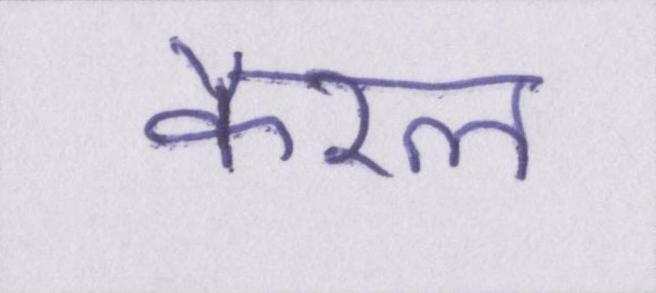
कैरल